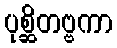
ပုစ္ဆိတဗ္ဗကာ